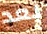
بعد